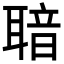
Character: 𦖢